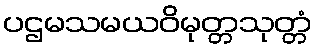
ပဌမသမယဝိမုတ္တသုတ္တံ